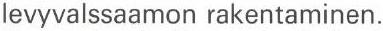
levyvalssaamon rakentaminen.